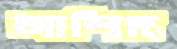
আশিদ